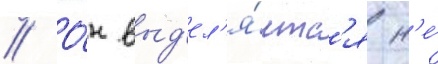
// О́н выд'ел'я́етс'я н'е́